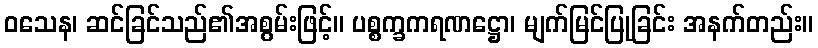
ဝသေန၊ ဆင်ခြင်သည်၏အစွမ်းဖြင့်။ ပစ္စက္ခကရဏဋ္ဌော၊ မျက်မြင်ပြုခြင်း အနက်တည်း။